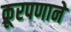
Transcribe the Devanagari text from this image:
क्रूरपणाने